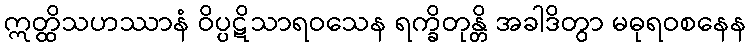
ဣတ္ထိသဟဿာနံ ဝိပ္ပဋိသာရဝသေန ရက္ခိတုန္တိ အခါဒိတွာ မဓုရဝစနေန